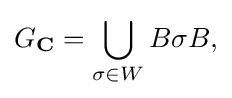
\displaystyle {G_{\mathbf {C} }=\bigcup _{\sigma \in W}B\sigma B,}